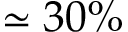
\simeq 3 0 \%